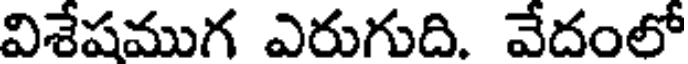
విశేషముగ ఎరుగుది. వేదంలో